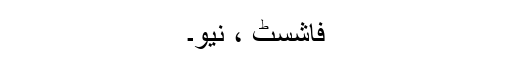
فاشسٹ ، نیو۔